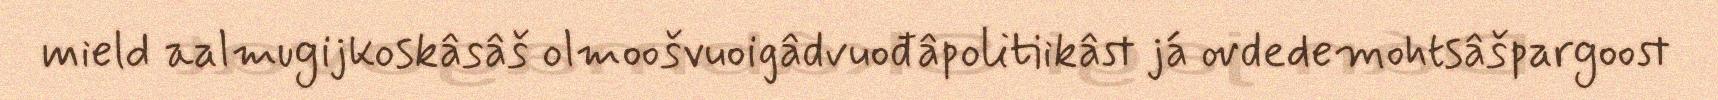
mield aalmugijkoskâsâš olmoošvuoigâdvuođâpolitiikâst já ovdedemohtsâšpargoost